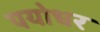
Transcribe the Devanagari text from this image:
पयोधर